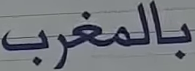
بالمغرب